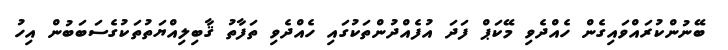
ބޭނުންކުރައްވައިގެން ހެއްދެވި މޭކަޕް ފަދަ އުފެއްދުންތަކުގައި ހެއްދެވި ތަފާތު ޤާބިލިއްޔަތުތަކުގެސަބަބުން އިހު